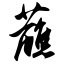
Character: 蘸